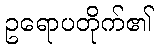
ဥရောပတိုက်၏